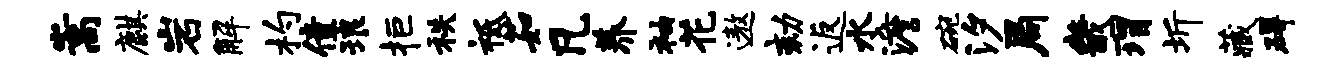
嵩麒岩解杓僮琅拒秩祗茹凡养袖花遨劾返水澹碗汐局畿瑁圻藏碍